Senior Leaving Certificate Examination (including Day School Certificate (Higher) General paper), 1949
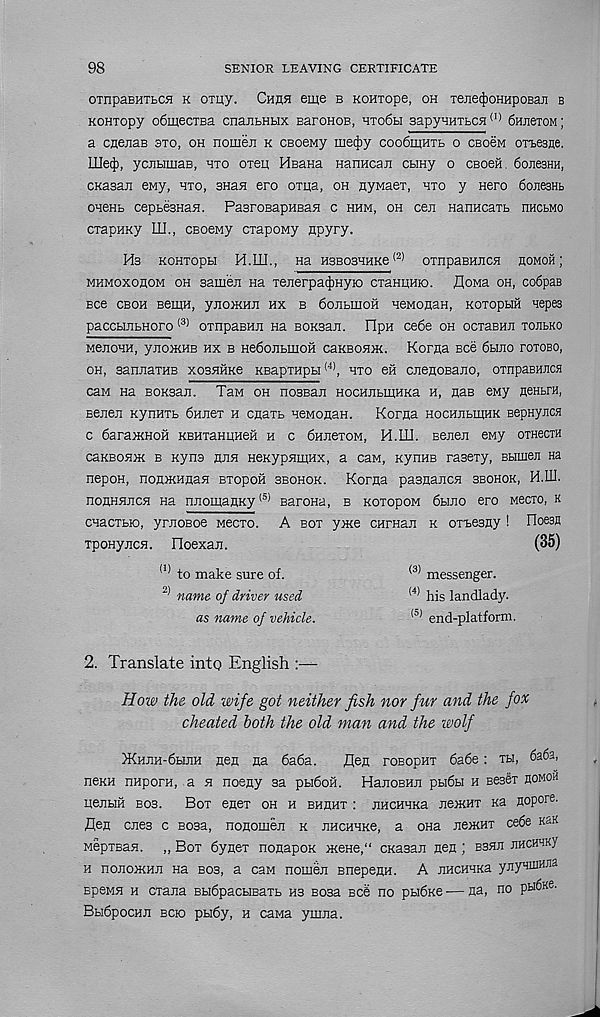
98
SENIOR LEAVING CERTIFICATE
oxnpaBHTbCH k omy. Chhh eme b Koniope, oh xejie^oHHpoBan b
KOHxopy o6mecxBa cnajiBHbix BaronoB, hxo6h sapyHHXBCH (I) 6HjiexoM;
a CHejias axo, oh nomeji k CBoeMy me(|iy coo6mHXb o cboom oxtesne.
UietJ), ycjibimaB, hxo oxeii HBana Hanncaji CHHy o cbooh . Sojibshh,
CKasaii ewy, hxo, snan ero oxua, oh nynaex, hxo y Hero 6one3Hb
onenb cepbesHaH. PasroBapHsan c hhm, oh ceji nanHcaxb nncbMO
cxapHKy UJ., CBoewy cxapoMy npyry.
Hs KOHXOpbl H.m., Ha H3B03HHKe (2) OXHpaBHJICH HOMOH ]
mhmoxoeom oh saiii'eji Ha xenerpa^Hyio cxanuHio. flowa oh, co6paB
see cboh BeniH, yiioiKHJi hx b 6ojibinoH HCMOHaH, KoxopHH xepes
paccbuibHoro (3) oxnpaBHji na BOKsan. OpH ce6e oh ocxaBHJi xojibko
MeiioHH, yjioiKHB hx b He6oJibmoH caKBOJDK. Korna Bee 6bmo foxobo,
oh, sanjiaxHB xosHHKe KBapxHpbi (4) , hxo en cnenoBaiio, oxnpaBracn
caw na BOKsan. TaM oh nosBan HocHjibmHKa h, nas eny nenbra,
Beneji nynHXb 6HJiex h cnaxb neMonaH. Korna HocHHbmHK BepHyucn
c 6araiKHOH KBHxaHUHeii h c 6HJiexoM, H.IH. Beueji eny oxHecra
caKBOHiK b Kyna hjih HeKypnmHx, a can, Kynne rasexy, Bbimeji na
nepoH, noniKHHaH BxopoH sbohok. Korna pasnajicn sbohok, H.IU.
nonHHJicH na njiomanKy (5) Barona, b koxopom 6hjio ero Mecxo, k
cnacxbjo, ymoBoe wecxo. A box yme cHraan k ox-beany ! HoesH
xpoHyncH. noexaji.
(35)
(I) to make sure of.
<3) messenger.
name of driver used
<4) his landlady.
as name of vehicle.
^ end-platform.
2. Translate into English :—
How the old wife got neither fish nor fur and the fox
cheated both the old man and the wolf
)KHJiH-6buiH Hen Ha 6a6a.
flen roBopHx 6a6e: xu,
nenH napoxH, a h noeny aa pbidoil. HanoBHn pbi6u h BesSx homoh
uenbiH bos. Box enex oh h bhhhx : jiHCHHKa ne>KHx xa nopore,
flen ones c Bosa, nonomen k nHCHHKe, a ona neiKHX cede ksk
MepxBan. „ Box 6ynex nonapox iKeHe,“ cKasan non ; bshh hhckhky
h nonowHH na bos, a caw nouien BnepenH. A JiHCHHKa ynyHiuHna
Bpewn h cxana Bbidpacuplxb hs sosa bcS ho pbidire — na, no P u^Ke '
BbidpocHH bcio pbi6y, h cana ymna.